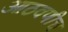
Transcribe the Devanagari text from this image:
आठवणीच